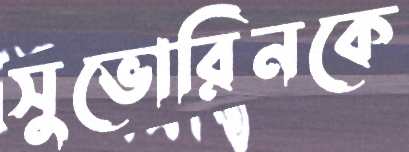
সুভোরিনকে